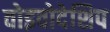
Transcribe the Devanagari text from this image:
वोइवोदेशिप